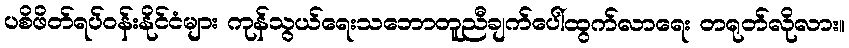
ပစိဖိတ်ရပ်ဝန်းနိုင်ငံများ ကုန်သွယ်ရေးသဘောတူညီချက်ပေါ်ထွက်လာရေး တရုတ်လိုလား။